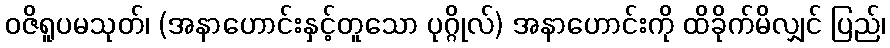
ဝဇိရူပမသုတ်၊ (အနာဟောင်းနှင့်တူသော ပုဂ္ဂိုလ်) အနာဟောင်းကို ထိခိုက်မိလျှင် ပြည်၊